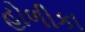
હોળીકા